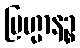
ဗြဟ္မာနဉ္စ